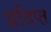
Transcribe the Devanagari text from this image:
प्रदिप्त